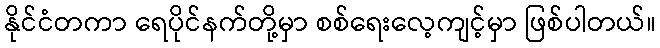
နိုင်ငံတကာ ရေပိုင်နက်တို့မှာ စစ်ရေးလေ့ကျင့်မှာ ဖြစ်ပါတယ်။